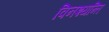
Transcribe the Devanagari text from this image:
विनश्यन्ति